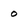
Character: o